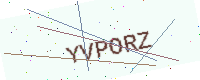
Text: YVPORZ